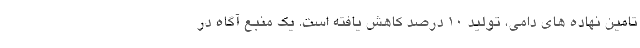
تامین نهاده های دامی، تولید ١٠ درصد کاهش یافته است. یک منبع آگاه در